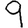
Digit: 9